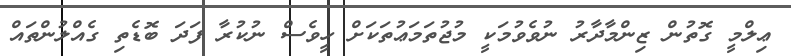
ޢިލްމީ ގޮތުން ޒިންމާދާރު ނުވެވުމަކީ މުޖުތަމަޢުތަކަށް ހީވެސް ނުކުރާ ފަދަ ބޮޑެތި ގެއްލުންތައް